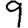
Digit: 9